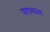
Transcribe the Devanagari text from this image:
पारामाउंड